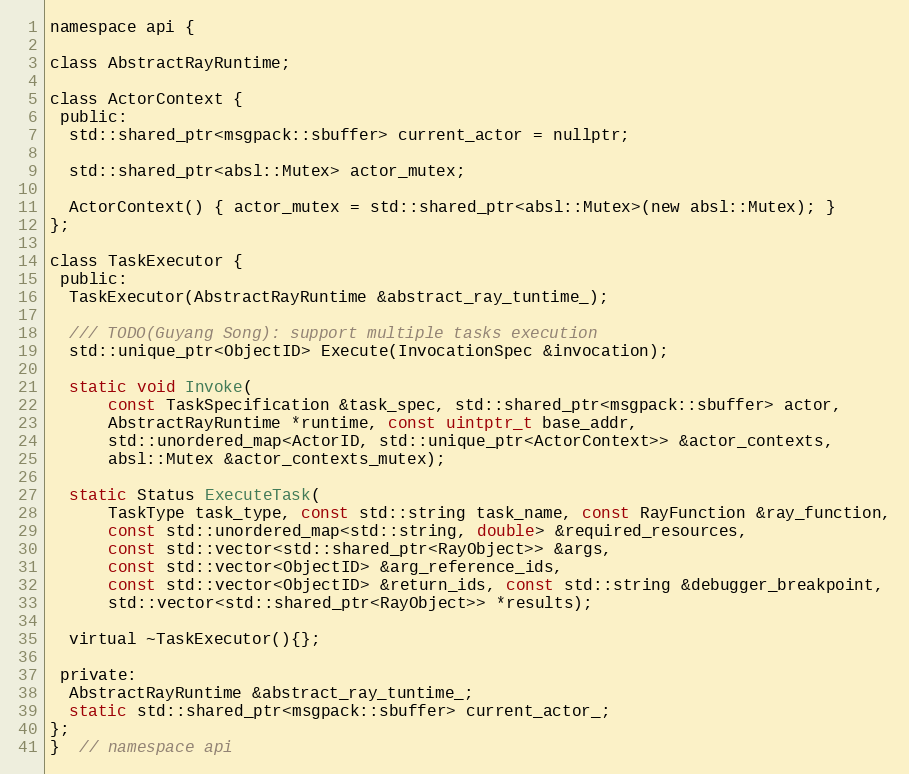
Language: C
namespace api {

class AbstractRayRuntime;

class ActorContext {
 public:
  std::shared_ptr<msgpack::sbuffer> current_actor = nullptr;

  std::shared_ptr<absl::Mutex> actor_mutex;

  ActorContext() { actor_mutex = std::shared_ptr<absl::Mutex>(new absl::Mutex); }
};

class TaskExecutor {
 public:
  TaskExecutor(AbstractRayRuntime &abstract_ray_tuntime_);

  /// TODO(Guyang Song): support multiple tasks execution
  std::unique_ptr<ObjectID> Execute(InvocationSpec &invocation);

  static void Invoke(
      const TaskSpecification &task_spec, std::shared_ptr<msgpack::sbuffer> actor,
      AbstractRayRuntime *runtime, const uintptr_t base_addr,
      std::unordered_map<ActorID, std::unique_ptr<ActorContext>> &actor_contexts,
      absl::Mutex &actor_contexts_mutex);

  static Status ExecuteTask(
      TaskType task_type, const std::string task_name, const RayFunction &ray_function,
      const std::unordered_map<std::string, double> &required_resources,
      const std::vector<std::shared_ptr<RayObject>> &args,
      const std::vector<ObjectID> &arg_reference_ids,
      const std::vector<ObjectID> &return_ids, const std::string &debugger_breakpoint,
      std::vector<std::shared_ptr<RayObject>> *results);

  virtual ~TaskExecutor(){};

 private:
  AbstractRayRuntime &abstract_ray_tuntime_;
  static std::shared_ptr<msgpack::sbuffer> current_actor_;
};
}  // namespace api